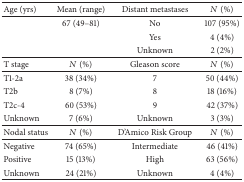
| Age (yrs) | Mean (range) | Distant metastases | N (%) |
 | --- | --- | --- | --- |
 |  | 67 (49–81) | No | 107 (95%) |
 |  |  | Yes | 4 (4%) |
 |  |  | Unknown | 2 (2%) |
 | T stage | N (%) | Gleason score | N (%) |
 | T1-2a | 38 (34%) | 7 | 50 (44%) |
 | T2b | 8 (7%) | 8 | 18 (16%) |
 | T2c-4 | 60 (53%) | 9 | 42 (37%) |
 | Unknown | 7 (6%) | Unknown | 3 (3%) |
 | Nodal status | N (%) | D'Amico Risk Group | N (%) |
 | Negative | 74 (65%) | Intermediate | 46 (41%) |
 | Positive | 15 (13%) | High | 63 (56%) |
 | Unknown | 24 (21%) | Unknown | 4 (4%) |